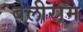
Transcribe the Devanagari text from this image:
बेलीराम